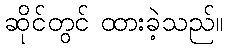
ဆိုင်တွင် ထားခဲ့သည်။